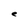
Character: e